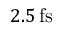
2 . 5 \, \mathrm { f s }